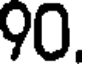
90.